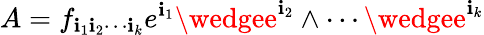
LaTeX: A=f_{\mathbf{i}_{1}\mathbf{i}_{2}\cdots\mathbf{i}_{k}}e^{\mathbf{i}_{1}}\wedgee^{\mathbf{i}_{2}}\wedge\cdots\wedgee^{\mathbf{i}_{k}}